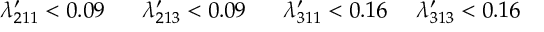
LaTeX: \lambda _ { 2 1 1 } ^ { \prime } < 0 . 0 9 ~ ~ ~ ~ ~ \lambda _ { 2 1 3 } ^ { \prime } < 0 . 0 9 ~ ~ ~ ~ ~ \lambda _ { 3 1 1 } ^ { \prime } < 0 . 1 6 ~ ~ ~ ~ \lambda _ { 3 1 3 } ^ { \prime } < 0 . 1 6